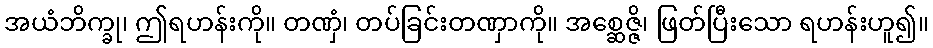
အယံဘိက္ခု၊ ဤရဟန်းကို။ တဏှံ၊ တပ်ခြင်းတဏှာကို။ အစ္ဆေဇ္ဇိ၊ ဖြတ်ပြီးသော ရဟန်းဟူ၍။